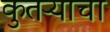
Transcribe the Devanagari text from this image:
कुतऱ्याचा